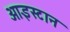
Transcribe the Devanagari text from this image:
आइस्टान